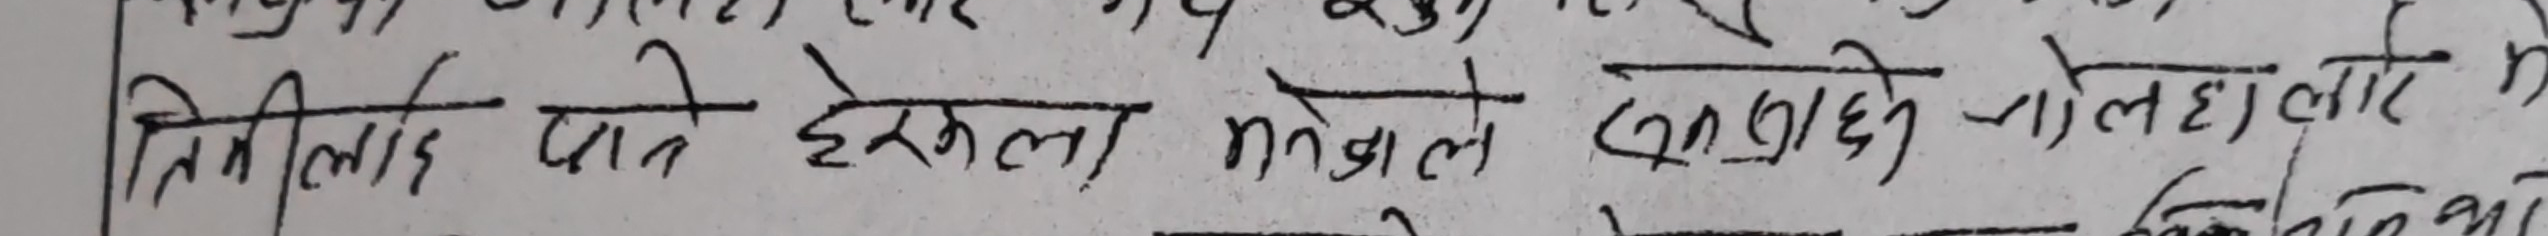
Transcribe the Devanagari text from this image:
तिमीलाई लाने हेरकला मंगले कुरा दिने शालेहा लोटे